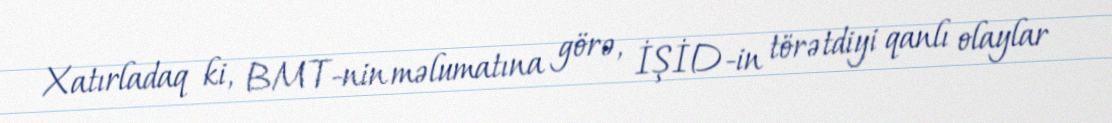
Xatırladaq ki, BMT-nin məlumatına görə, İŞİD-in törətdiyi qanlı olaylar